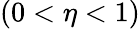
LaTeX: (0<\eta<1)